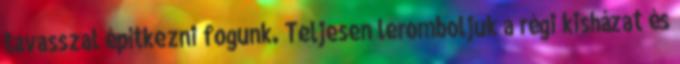
tavasszal építkezni fogunk. Teljesen leromboljuk a régi kisházat és